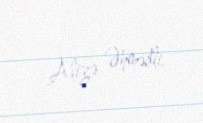
Aliyə Əhmədli